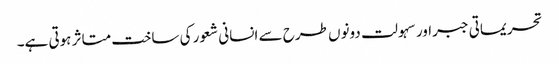
تحریماتی جبراور سہولت دونوں طرح سے انسانی شعور کی ساخت متاثر ہوتی ہے۔